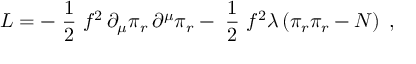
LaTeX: { \cal L } = - \mathrm { \small ~ \frac { 1 } { 2 } ~ } f ^ { 2 } \, \partial _ { \mu } \pi _ { r } \, \partial ^ { \mu } \pi _ { r } - \mathrm { \small ~ \frac { 1 } { 2 } ~ } f ^ { 2 } \lambda \left( \pi _ { r } \pi _ { r } - N \right) \; ,